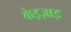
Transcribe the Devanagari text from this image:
केइज़ाइ